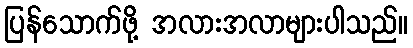
ပြန်သောက်ဖို့ အလားအလာများပါသည်။